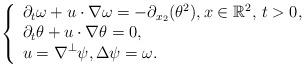
LaTeX: \begin{align*} \left\{\begin{array}{l}\displaystyle \partial_t \omega + u\cdot\nabla \omega = -\partial_{x_2} (\theta^2),x \in \mathbb{R}^2, \, t>0,\\\displaystyle \partial_t \theta + u\cdot\nabla \theta =0,\\\displaystyle u =\nabla^\perp \psi, \Delta\psi = \omega.\end{array}\right.\end{align*}